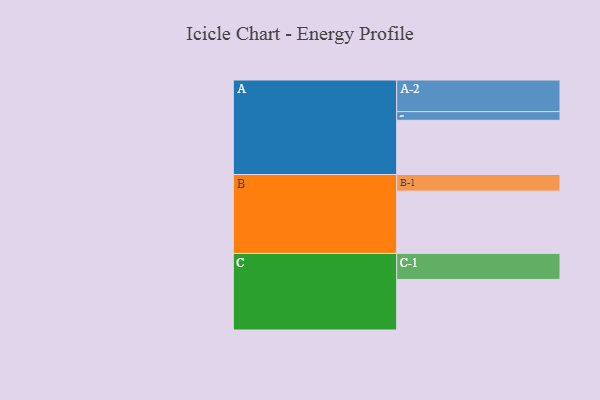
{"axis": {"x": "Segment", "y": "Value"}, "legend": ["", "A", "B", "C"], "data": [{"x": "A", "y": 456, "type": ""}, {"x": "B", "y": 524, "type": ""}, {"x": "C", "y": 425, "type": ""}, {"x": "A-1", "y": 73, "type": "A"}, {"x": "A-2", "y": 266, "type": "A"}, {"x": "B-1", "y": 140, "type": "B"}, {"x": "C-1", "y": 219, "type": "C"}]}